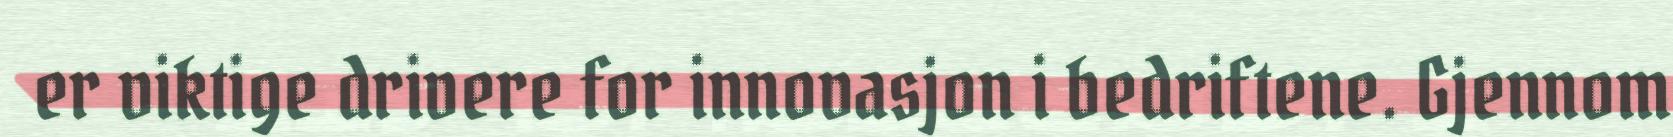
er viktige drivere for innovasjon i bedriftene. Gjennom